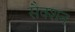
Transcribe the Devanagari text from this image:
सैक्‍शन